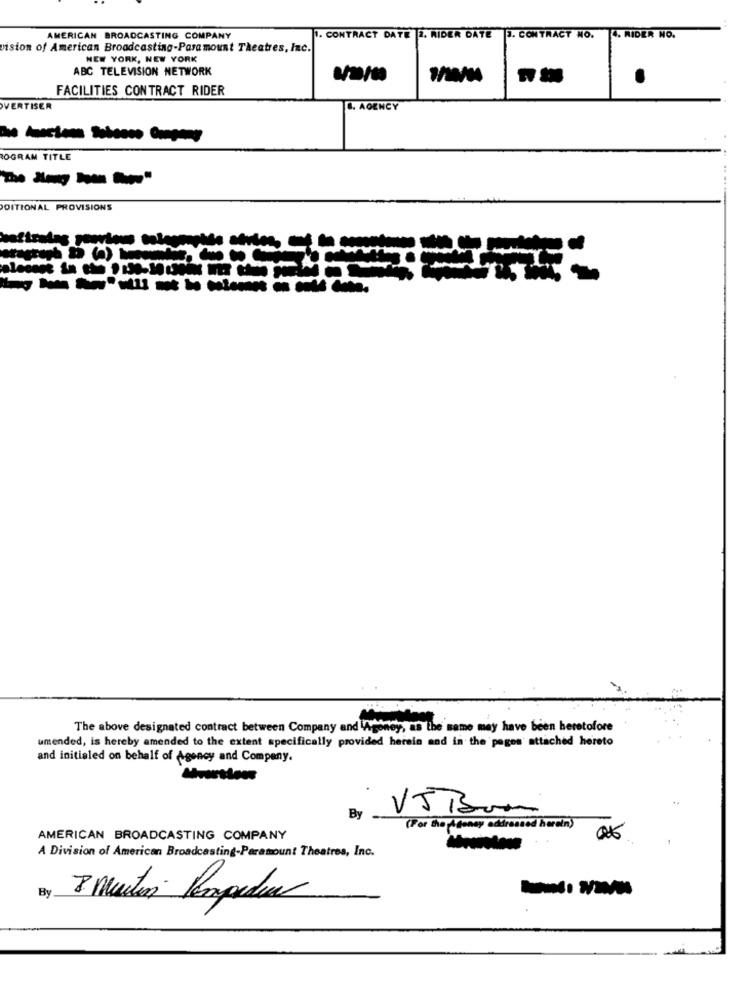
AMERICAN BROADCASTING COMPANY
I. CONTRACT DATE 2. RIDER DATE 1. CONTRACT NO.
4. RIDER NO.
vision of American Broadcasting-Paramount Theatres, Inc.
NEW YORK, NEW YORK
ABC TELEVISION NETWORK
.
FACILITIES CONTRACT RIDER
VERTISER
0. AGENCY
----
OGRAM TITLE
POITIONAL PROVISIONS
--------
The above designated contract between Company and WAgoney, as the same may have been heretofore
umended, is hereby amended to the extent specifically provided herein and in the pages' attached hereto
and initialed on behalf of Agency and Company.
V5 1300
By
(For the Adonay addressed hardin)
AMERICAN BROADCASTING COMPANY
06
A Division of American Broadcasting-Paramount Theatres, Inc.
By